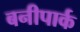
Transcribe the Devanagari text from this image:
बनीपार्क